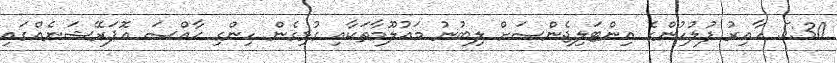
5:30 ހާއިރު ފުލުހުންގެ އިންޓަލިޖެންސަށް ލިބުނު މައުލޫމާތަކާއި ގުޅިގެން ހިންގި ޙާއްސަ އޮޕަރޭޝަނެއްގައި